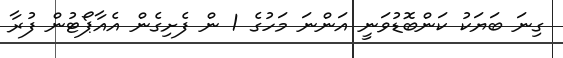
ގިނަ ބަޔަކު ކަންބޮޑުވަނީ އަންނަ މަހުގެ 1 ން ފެށިގެން އެއާޕޯޓުން ފުރާ